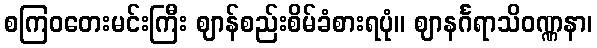
စကြဝတေးမင်းကြီး ဈာန်စည်းစိမ်ခံစားရပုံ။ ဈာနင်္ဂရာသိဝဏ္ဏနာ၊